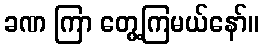
ခဏ ကြာ တွေ့ကြမယ်နော်။